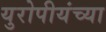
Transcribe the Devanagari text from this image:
युरोपीयंच्या